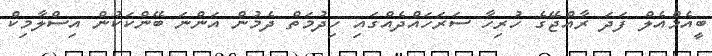
ބީއެމްއެލް ފަދަ ރާއްޖޭގެ ހުރިިހާ ސަރަހައްދެއްގައި ހިދުމަތް ދެމުން އަންނަ ބޭންކަކުން އިސްލާމިކް